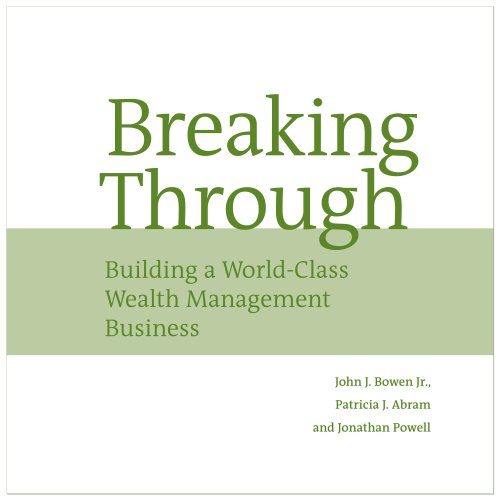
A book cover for Breaking Through: Building a World Class Wealth Management Business; John Bowen; Business & Money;